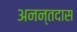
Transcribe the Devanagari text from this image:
अनन्तदास